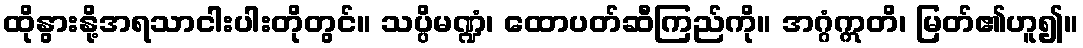
ထိုနွားနို့အရသာငါးပါးတိုတွင်။ သပ္ပိမဏ္ဍံ၊ ထောပတ်ဆီကြည်ကို။ အဂ္ဂံဣတိ၊ မြတ်၏ဟူ၍။